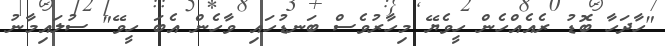
"ހާދަހާ ބޮޑު ރެއެއްހެން ހީވެޔޭ މިހާރުވެސް ބަނޑުހައި ވާހެން އެބަ ހީވޭ" ސުލައިމާނު